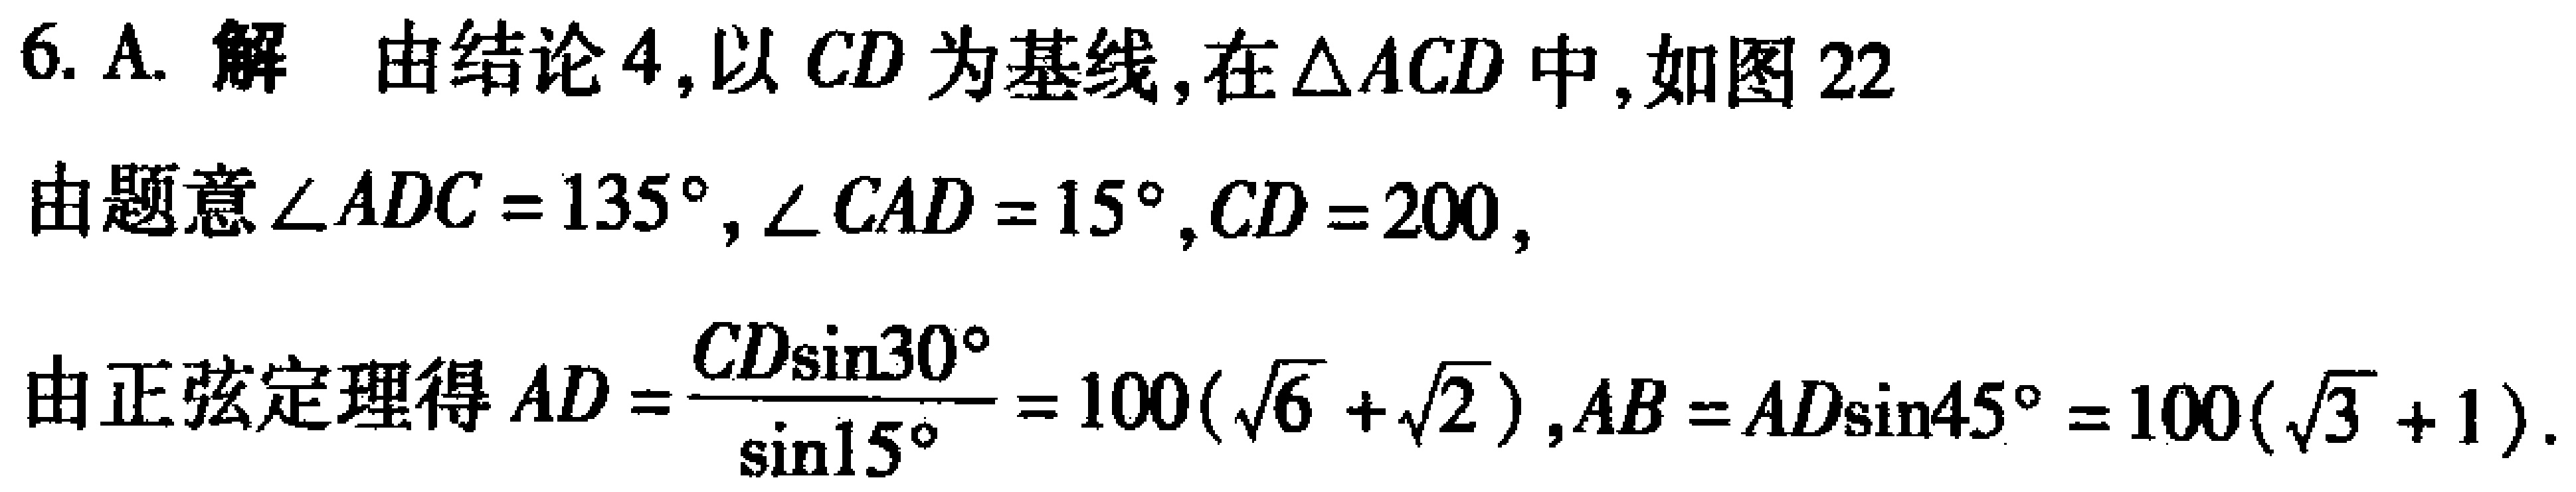
6. A. 解 由结论4,以 \(CD\) 为基线,在 \(\triangle ACD\) 中,如图22
由题意 \(\angle ADC = 135^{\circ},\angle CAD = 15^{\circ},CD = 200\),
由正弦定理得 \(AD=\frac{CD\sin30^{\circ}}{\sin15^{\circ}} = 100(\sqrt{6}+\sqrt{2}),AB = AD\sin45^{\circ}=100(\sqrt{3}+1)\).